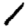
Digit: 1